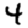
Digit: 4